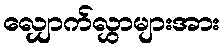
လျှောက်လွှာများအား